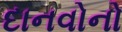
દાનવોનો